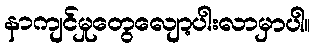
နာကျင်မှုတွေလျော့ပါးလာမှာပါ။